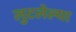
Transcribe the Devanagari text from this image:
लुटलेल्या